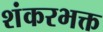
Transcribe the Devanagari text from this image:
शंकरभक्त